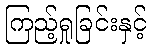
ကြည့်ရှုခြင်းနှင့်